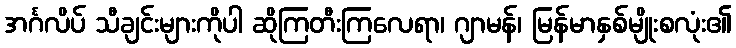
အင်္ဂလိပ် သီချင်းများကိုပါ ဆိုကြတီးကြလေရာ၊ ဂျာမန်၊ မြန်မာနှစ်မျိုးစလုံး၏